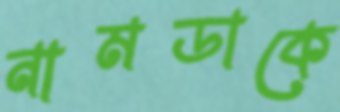
নামডাকে